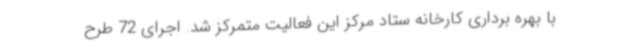
با بهره برداری کارخانه ستاد مرکز این فعالیت متمرکز شد. اجرای 72 طرح